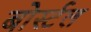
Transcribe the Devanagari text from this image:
बोर्स्टल